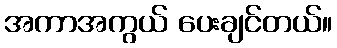
အကာအကွယ် ပေးချင်တယ်။